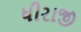
ધીરાજી